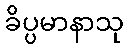
ခိပ္ပမာနာသု